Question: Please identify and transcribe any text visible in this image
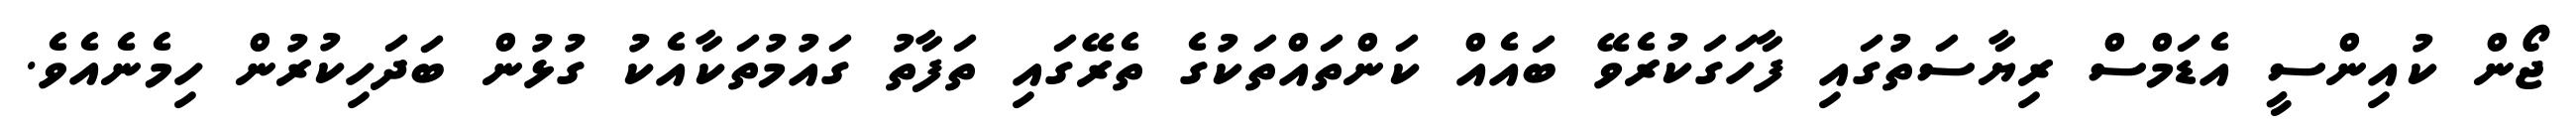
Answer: ޖޯން ކުއިންސީ އެޑަމްސް ރިޔާސަތުގައި ފާހަގަކުރެވޭ ބައެއް ކަންތައްތަކުގެ ތެރޭގައި ތަފާތު ގައުމުތަކާއެކު ގުޅުން ބަދަހިކުރުން ހިމެނެއެވެ.